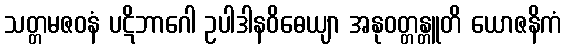
သတ္တမဇဝနံ ပဋိဘာဂေါ ဥပါဒါနဝိဓေယျာ အနုဝတ္တန္တူတိ ယောဇနိကံ